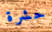
حشرة